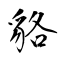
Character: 貉